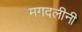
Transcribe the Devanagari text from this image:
मगदलीनी